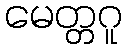
မေတ္တဂူ